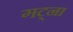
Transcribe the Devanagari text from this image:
गट्ना